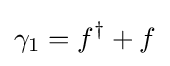
\gamma _{1}=f^{\dagger }+f